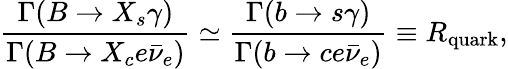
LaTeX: \frac{\Gamma(B\to X_{s}\gamma)}{\Gamma(B\to X_{c}e\bar{\nu}_{e})}\simeq\frac{\Gamma(b\to s\gamma)}{\Gamma(b\to ce\bar{\nu}_{e})}\equiv R_{\mathrm{quark}},